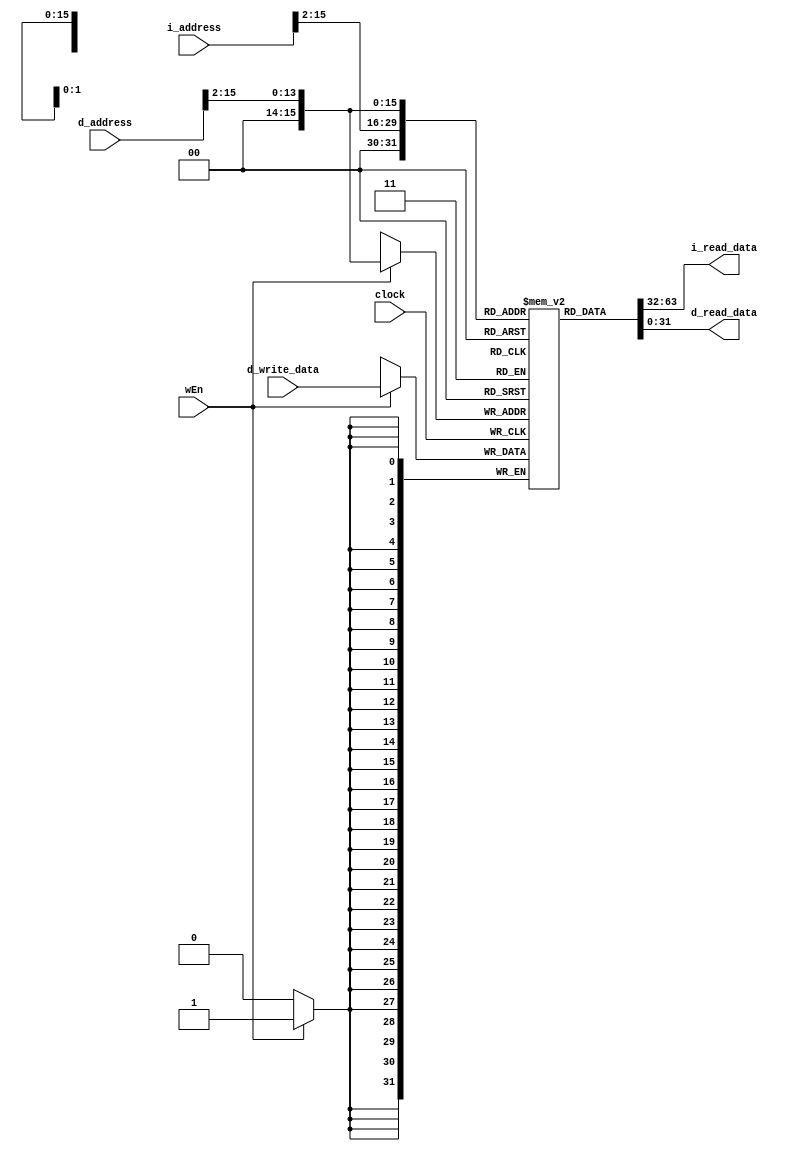
// Name: Nadim El Helou, Karim Khalil
// BU ID: U36258772, U35935771
// EC413 Project: Ram Module

`timescale 1ns / 1ps

module ram #(
  parameter DATA_WIDTH = 32,
  parameter ADDR_WIDTH = 16
) (
  input  clock,

  // Instruction Port
  input  [ADDR_WIDTH-1:0] i_address,
  output [DATA_WIDTH-1:0] i_read_data,

  // Data Port
  input  wEn,
  input  [ADDR_WIDTH-1:0] d_address,
  input  [DATA_WIDTH-1:0] d_write_data,
  output [DATA_WIDTH-1:0] d_read_data

);

localparam RAM_DEPTH = 1 << ADDR_WIDTH;

reg [DATA_WIDTH-1:0] ram [0:RAM_DEPTH-1];

/******************************************************************************
*                      Start Your Code Here
******************************************************************************/

// Instruction
assign i_read_data = ram[i_address[15:2]];

// Data
assign d_read_data = ram[d_address[15:2]];

always @ (posedge clock) begin
    if (wEn) begin
        ram[d_address[15:2]] <= d_write_data;
    end
end

endmodule